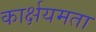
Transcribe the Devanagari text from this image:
कार्क्षयमता